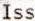
ISS